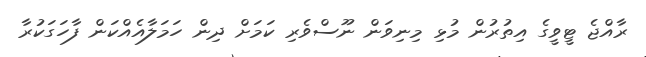
ރާއްޖެ ޓީވީގެ އިތުރުން މުޅި މިނިވަން ނޫސްވެރި ކަމަށް ދިން ހަމަލާއެއްކަން ފާހަގަކުރާ